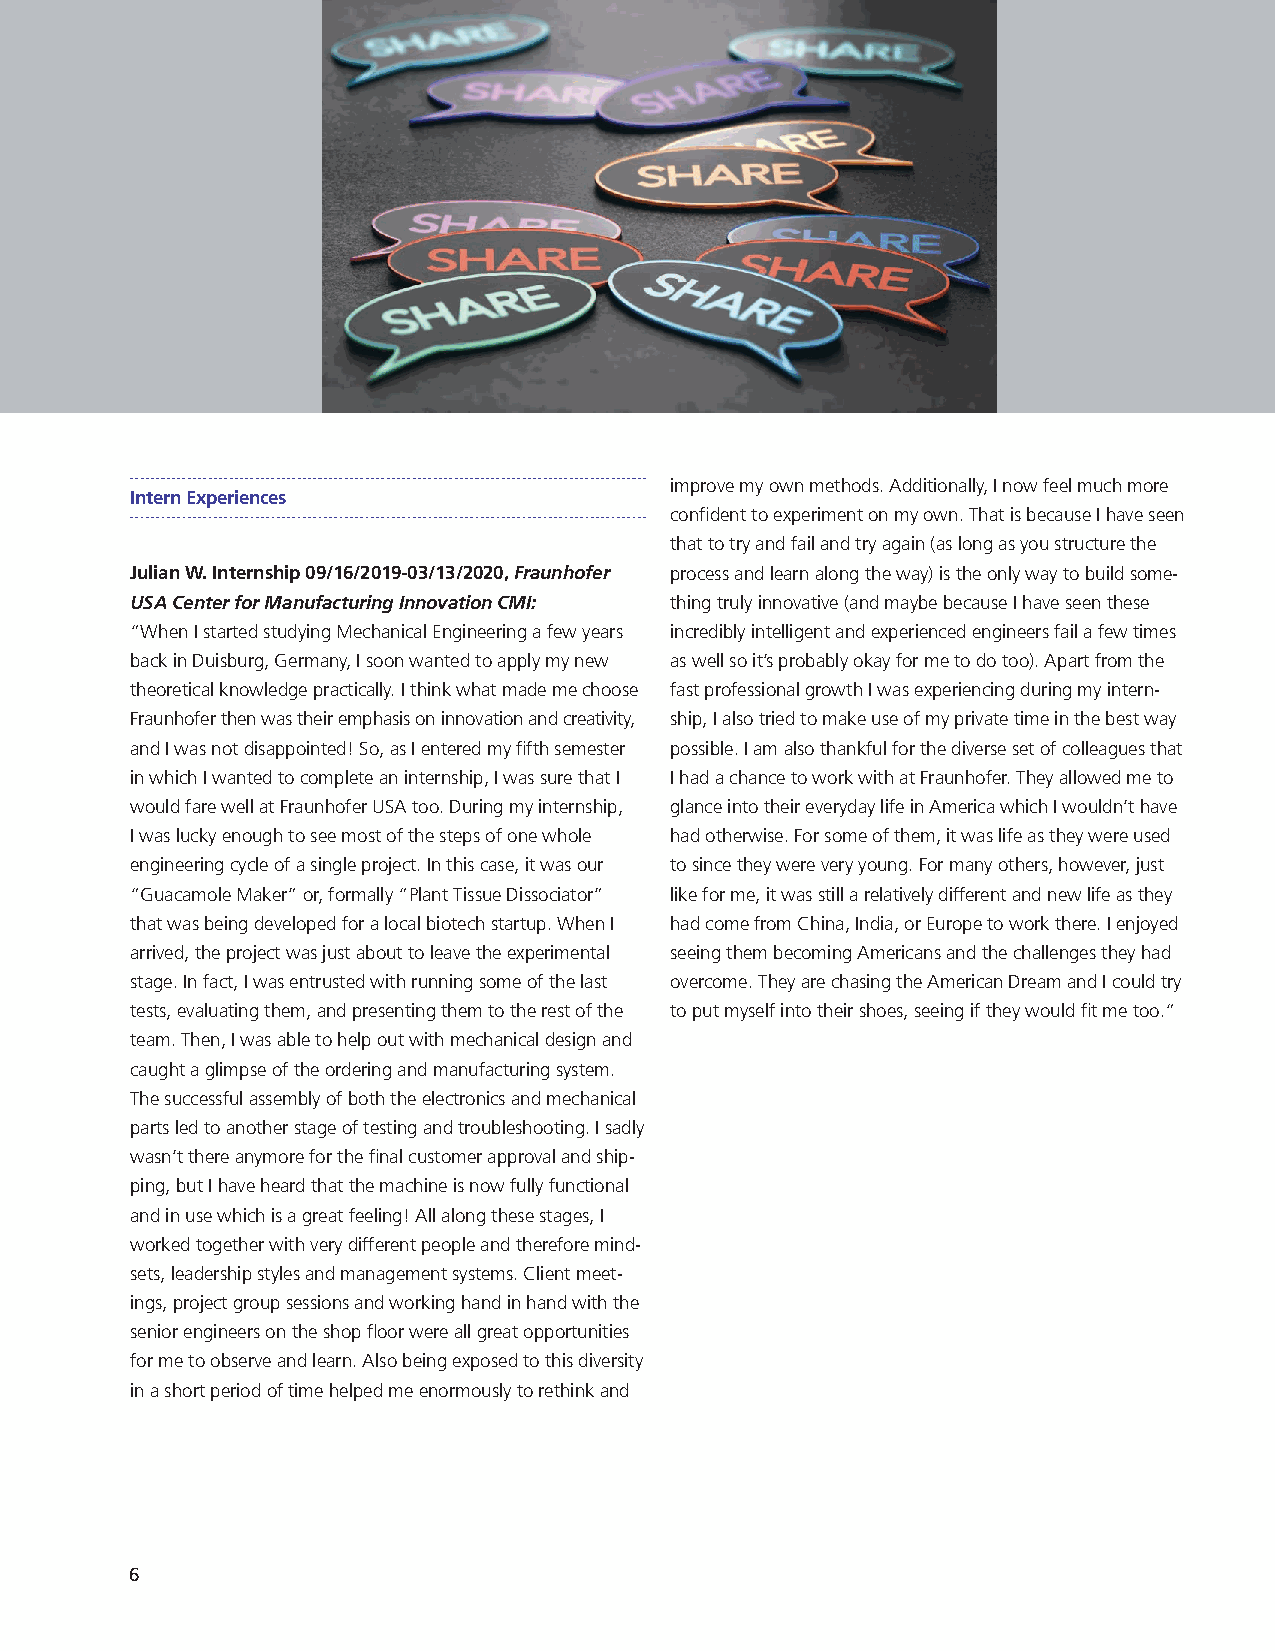
improve my own methods. Additionally, I now feel much more
 Intern Experiences
 confident to experiment on my own. That is because I have seen
 that to try and fail and try again (as long as you structure the
 Julian W Internship 09/16/2019-03/13/2020, Fraunhofer process and learn along the way) is the only way to build some-
 USA Center for Manufacturing Innovation CMI: thing truly innovative (and maybe because I have seen these
 “When I started studying Mechanical Engineering a few years incredibly intelligent and experienced engineers fail a few times
 back in Duisburg, Germany, I soon wanted to apply my new as well so it’s probably okay for me to do too). Apart from the
 theoretical knowledge practically. I think what made me choose fast professional growth I was experiencing during my intern-
 Fraunhofer then was their emphasis on innovation and creativity, ship, I also tried to make use of my private time in the best way
 and I was not disappointed! So, as I entered my fifth semester possible. I am also thankful for the diverse set of colleagues that
 in which I wanted to complete an internship, I was sure that I I had a chance to work with at Fraunhofer. They allowed me to
 would fare well at Fraunhofer USA too. During my internship, glance into their everyday life in America which I wouldn’t have
 I was lucky enough to see most of the steps of one whole had otherwise. For some of them, it was life as they were used
 engineering cycle of a single project. In this case, it was our to since they were very young. For many others, however, just
 “Guacamole Maker” or, formally “Plant Tissue Dissociator” like for me, it was still a relatively different and new life as they
 that was being developed for a local biotech startup. When I had come from China, India, or Europe to work there. I enjoyed
 arrived, the project was just about to leave the experimental seeing them becoming Americans and the challenges they had
 stage. In fact, I was entrusted with running some of the last overcome. They are chasing the American Dream and I could try
 tests, evaluating them, and presenting them to the rest of the to put myself into their shoes, seeing if they would fit me too.“
 team. Then, I was able to help out with mechanical design and
 caught a glimpse of the ordering and manufacturing system.
 The successful assembly of both the electronics and mechanical
 parts led to another stage of testing and troubleshooting. I sadly
 wasn’t there anymore for the final customer approval and ship-
 ping, but I have heard that the machine is now fully functional
 and in use which is a great feeling! All along these stages, I
 worked together with very different people and therefore mind-
 sets, leadership styles and management systems. Client meet-
 ings, project group sessions and working hand in hand with the
 senior engineers on the shop floor were all great opportunities
 for me to observe and learn. Also being exposed to this diversity
 in a short period of time helped me enormously to rethink and
 6